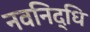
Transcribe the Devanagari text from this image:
नवनिद्धि